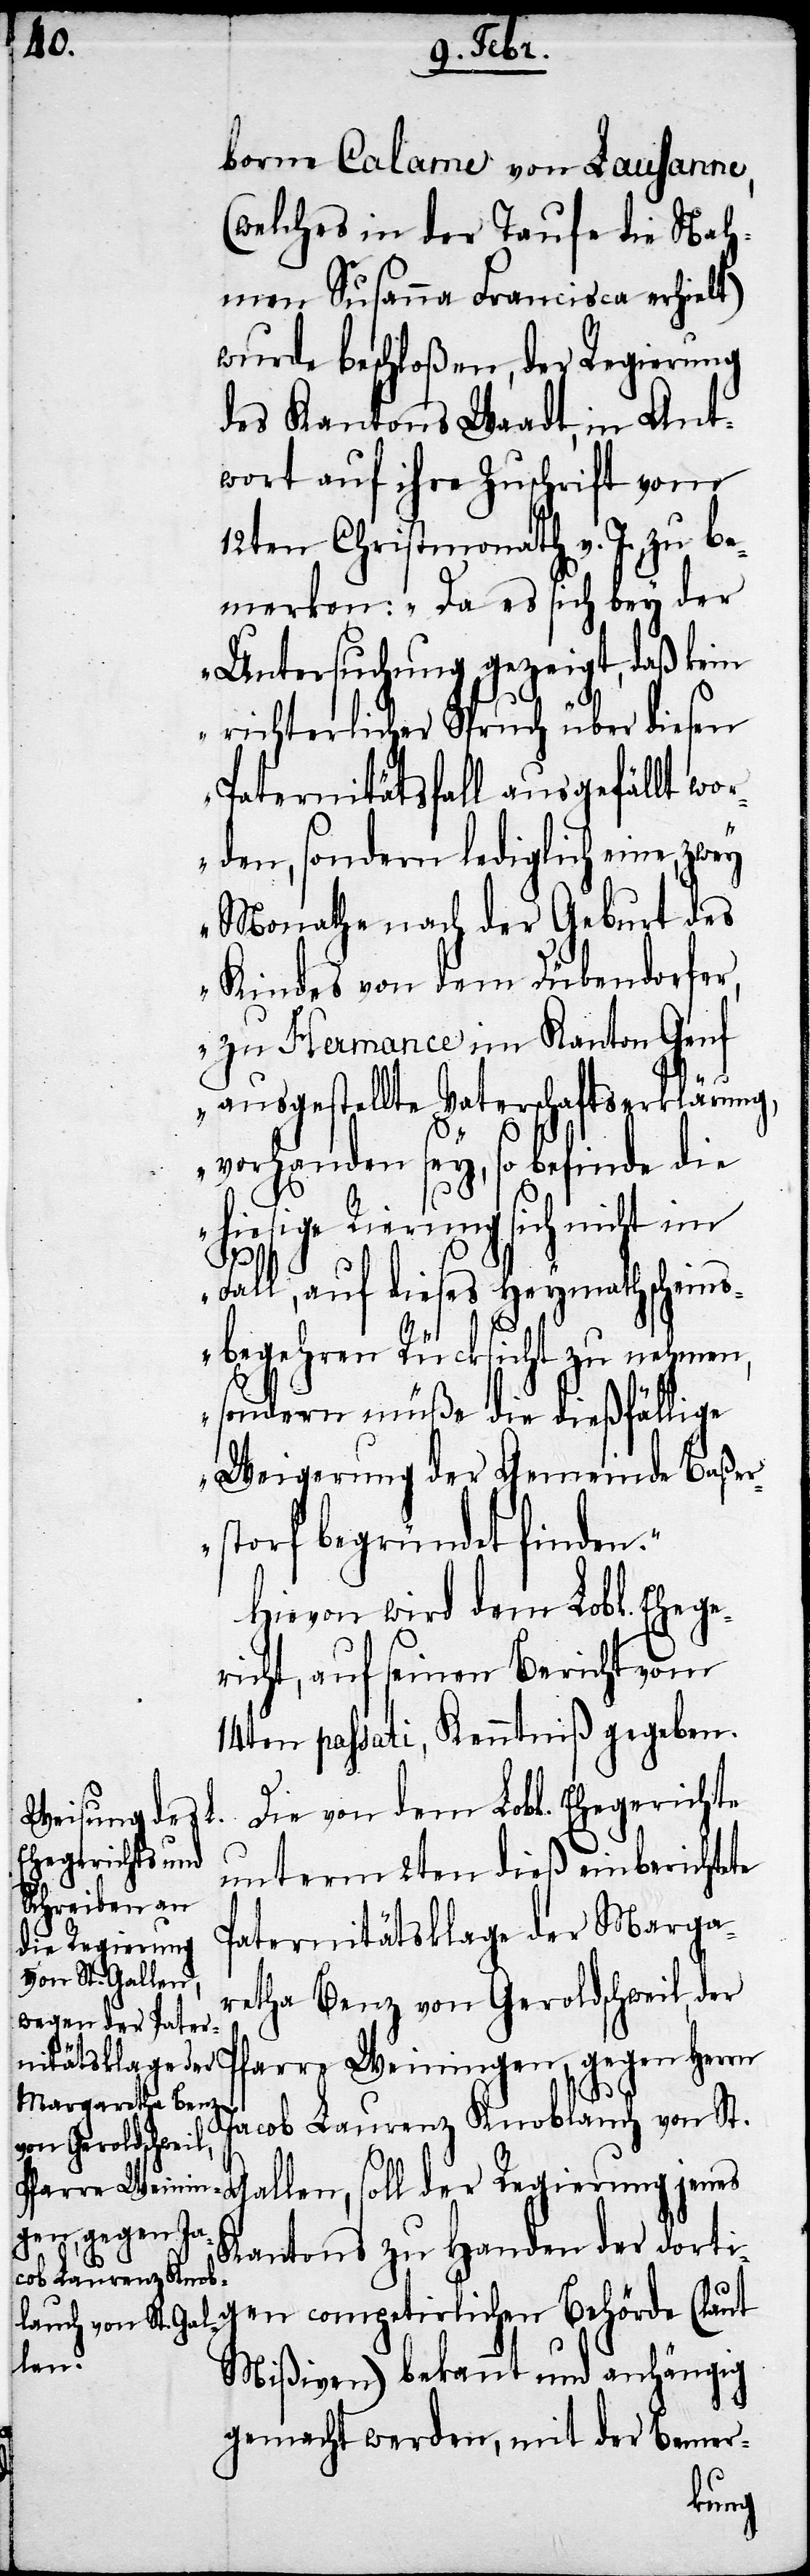
borne Calarne von Lausanne,
(welches in der Taufe die Nah¬
men Susanna Francisca erhielt)
wurde beschloßen, der Regierung
des Kantons Waadt, in Ant¬
wort auf ihre Zuschrift vom
12ten Christmonath v. J. zu be¬
merken: „Da es sich bey der
Untersuchung gezeigt, daß kein
richterlicher Spruch über diesen
Paternitätsfall ausgefällt wor¬
den, sondern lediglich eine,
Monathe nach der Geburt des
Kindes von dem Dübendorfer,
zu Hermance im Kanton Genf
ausgestellte Vaterschaftserklärung,
vorhanden sey, so befinde die
[recte: Regierung] sich nicht im
Fall, auf dieses Heymathschein¬
sbegehren Rücksicht zu nehmen,
sondern müße die dießfällige
Weigerung der Gemeinde Baßer¬
storf begründet finden."
Hievon wird dem Lobl. Ehege¬
richt, auf seinen Bericht vom
14ten passati, Kenntniß gegeben.
G¬
Die von dem Lobl. Ehegerichte
unterm 2ten dieß einberichtete
Paternitätsklage der Marga¬
retha Benz von Geroldschweil, der
arre Weiningen, gegen Herrn
Jacob Laurenz Knoblauch von St.
allen, soll der Regierung jenes
Pf¬
Kantons zu Handen der dorti¬
gen competirlichen Behörde (laut
Mißiven) bekannt und anhängig
gemacht werden, mit der Bemer-